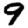
Digit: 9